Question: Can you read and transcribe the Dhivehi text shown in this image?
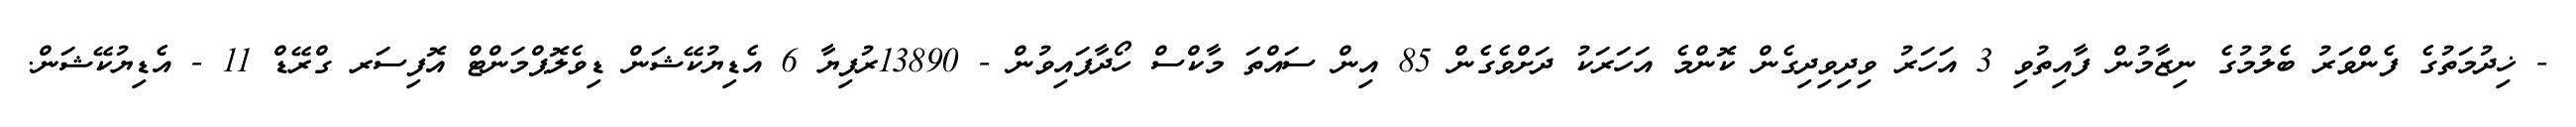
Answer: - ޚިދުމަތުގެ ފެންވަރު ބެލުމުގެ ނިޒާމުން ފާއިތުވި 3 އަހަރު ވިދިވިދިގެން ކޮންމެ އަހަރަކު ދަށްވެގެން 85 އިން ސައްތަ މާކްސް ހޯދާފައިވުން - 13890ރުފިޔާ 6 އެޑިޔުކޭޝަން ޑިވެލޮޕްމަންޓް އޮފިސަރ ގްރޭޑް 11 - އެޑިޔުކޭޝަން.